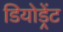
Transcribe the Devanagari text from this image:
डियोड्रेंट